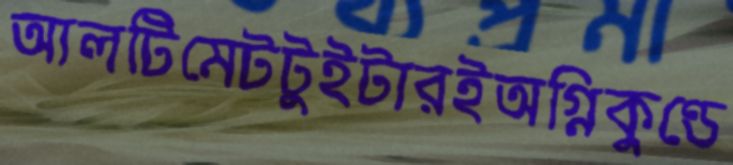
আলটিমেটটুইটারইঅগ্নিকুণ্ডে